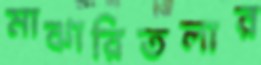
মাঝারিতলার